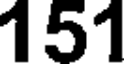
151